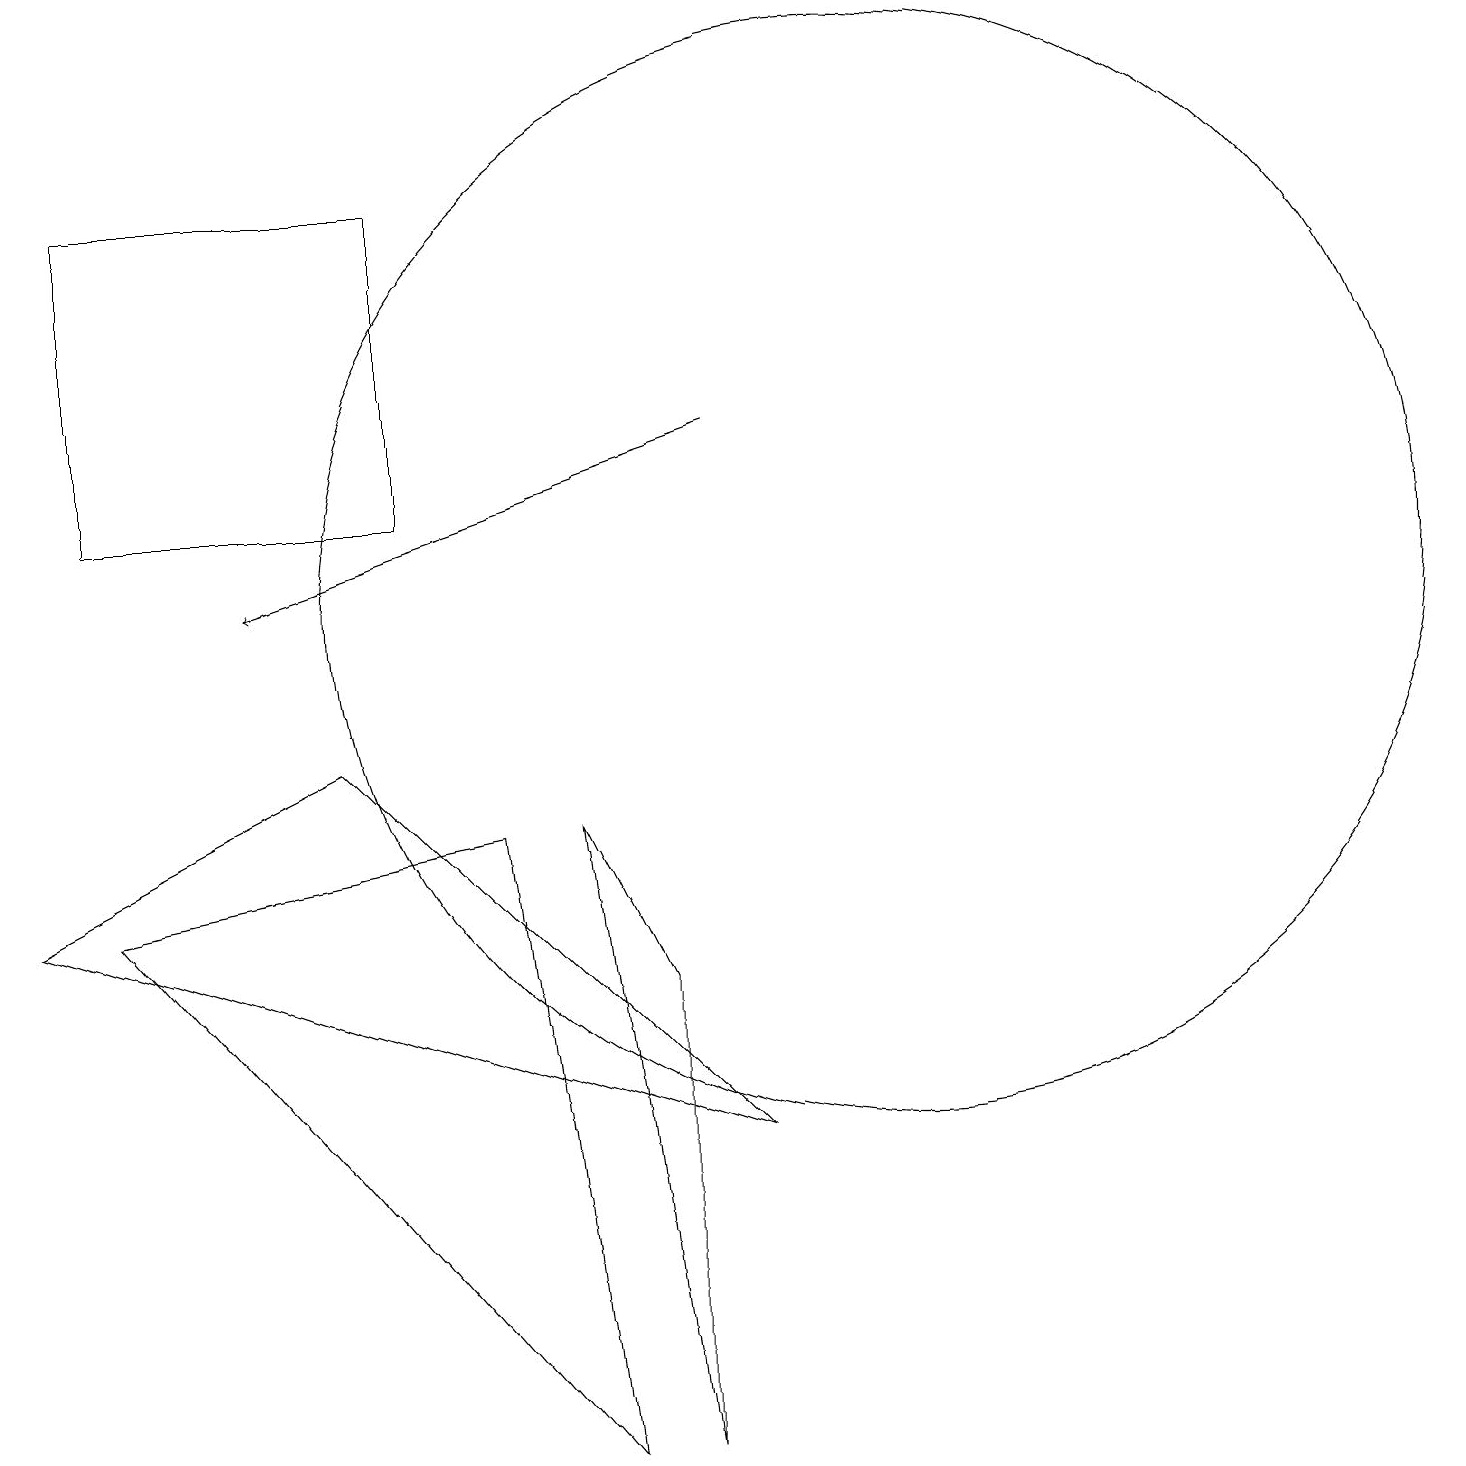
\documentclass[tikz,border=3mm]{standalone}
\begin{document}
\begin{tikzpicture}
\draw (8,6) -- (8,0) -- (7,8) -- cycle;
\draw (0,7) -- (9,4) -- (4,9) -- cycle;
\draw[->] (9,13) -- (3,11);
\draw (11,11) circle (7);
\draw (1,7) -- (6,8) -- (7,0) -- cycle;
\draw (1,12) rectangle (5,16);
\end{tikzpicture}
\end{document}